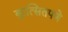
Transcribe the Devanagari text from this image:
कुत्सितपणे